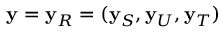
\mathbf { y } = \mathbf { y } _ { R } = ( \mathbf { y } _ { S } , \mathbf { y } _ { U } , \mathbf { y } _ { T } )